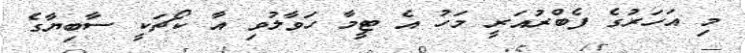
މި އަހަރުގެ ފެބްރުއަރީ މަހު އެ ޓީމާ ހަވާލުވި އާ ކޯޗަކީ ސާބިޔާގެ